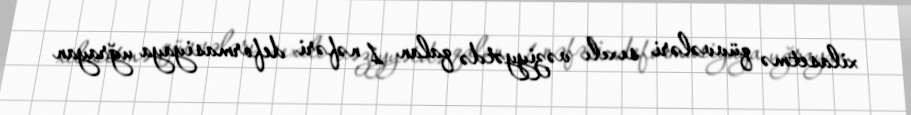
xilasetmə qüvvələri sıxılı vəziyyətdə qalan 1 nəfəri deformasiyaya uğrayan